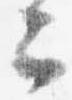
云